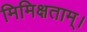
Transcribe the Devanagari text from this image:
मिमिक्षताम्।